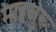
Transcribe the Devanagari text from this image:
माइजुरू